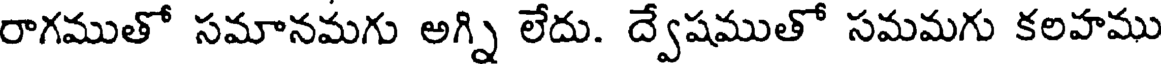
రాగముతో సమానమగు అగ్ని లేదు. ద్వేషముతో సమమగు కలహము